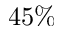
4 5 \%